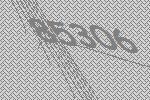
85306